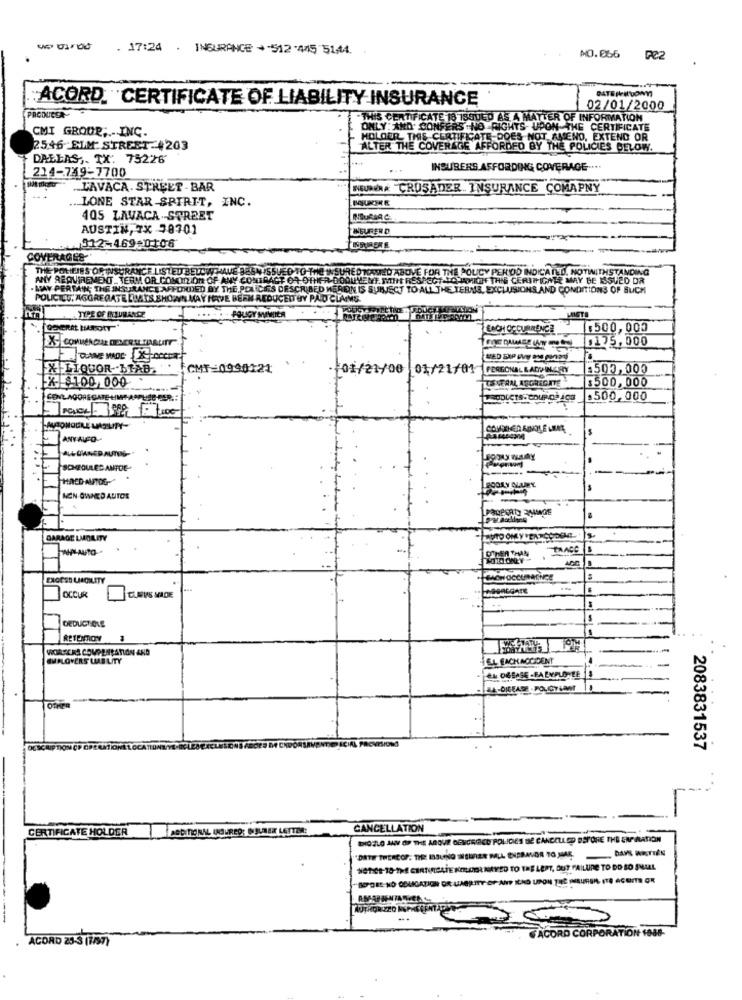
. 17:24 . INSURANCE - - 512 .445 5144 ..
PC2
ACORD. CERTIFICATE OF LIABILITY INSURANCE
02/01/2000
PRODUCER
THIS CERTIFICATE 18 ISQUED AS A MATTER OF INFORMATION
CMI GROUP, INC.
ONLY: AND. CONFERS -NO RIGHTS UPON THE CERTIFICATE
HOLOUR THIS CERTIFICATE DOES NOT AMENO, EXTEND OR
2546 ELM STREET-4203
ALTER THE COVERAGE AFFORDED BY THE POLICIES BELOW.
DALLAS, TX: 75226
214-749-7700
INSURERS AFFORDING COVERAGE ....
.. LAVACA. STREET - BAR
LEURERA CRUSADER INSURANCE COMAPNY
... LONE STAR SPIRIT, INC.
405 LAVACA STREET
MAURIAC
AUSTIN, TX 78701
NEURER D
912-469:0106
INBURERE
THE POLEIRS OF INSURANCE LISTED BELOW
EGNISSUEDTO T
E POLICY PERIOD INDICA TED. NOTIWITHSTANDING
ANY REQUIREMENT.TERM OR CONOPTON OF ANY CONTRACT OR OTHER
UREDO
CHIACHI IF THIS CERTIFICATE MAY BE ISSUED OR
. MAY PERTAIN; THE INSURANCE AFFONDED BY THE POLICEIS DESCRIBED WEREIN IS
BON IS SURECT TO
SAND CONDITIONS OF SUCH
POLICILT, AGGREGATE LMAIS E
W REDUCEITBY PAID CLAIMS
TYPE OF INSURANCE
ENCH OCCURRENCE
1.500,000
X COMMERCIAL DIENER
0125, 000
MaUTT
FX|LIQUOR-bTAB
CMT=0998121
-101/21/00 01/21/01
PERSONAL LADINERRY
1505,000
FX-$100 000
$500,000
VERAL AGGREGATE
CONLAGOREGATE HIT APPLIED-CER .:
.500,000
ANTALFO-
SCHEDULED ANTOE-
JOLY ALURY
MEN OWNED AUTOS
GARAGE LMADELITY
MOTO OM Y'EN
OTHER THAN
-
OCCUR
CUMIS MADE
DEDUCT OLE
WORKERS COMPENSATION AND
EMPLOYERS LUBILITY
EL EACHACCIDENT
OTHER
2083831537
CERTIFICATE HOLDER
CANCELLATION
DOZLO AAN OF THE ABOVE DENCRIED POLIDIES BE CANCELLED BEFORE THE ENPARATION
DATH THEREOF. TIRE ISSUING INEURER MMLL ENEBAVOR TO MIAE.
NOTICE-18-THE CERTIFICATE KOLDER NAVED TO THE LEPT, BUT FAILURE TO DO SO SMAL
BEPDES- NO OBLIGATION OR LIABILITY OF ANP ICHO UPON THE MEBUREN. ITO ACUINTE GR
ACORD 25-3 (1/37)
ACORD CORPORATION 1088-